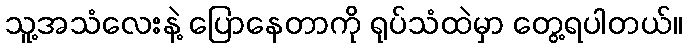
သူ့အသံလေးနဲ့ ပြောနေတာကို ရုပ်သံထဲမှာ တွေ့ရပါတယ်။